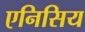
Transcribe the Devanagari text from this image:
एनिसिय